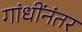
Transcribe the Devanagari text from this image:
गांधींनंतर